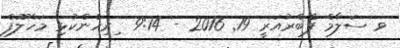
ވ ސަލާމް ފެބްރުއަރީ 19